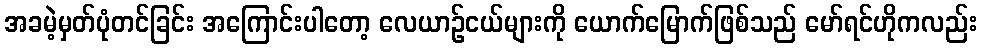
အခမဲ့မှတ်ပုံတင်ခြင်း အကြောင်းပါတော့ လေယာဉ်ငယ်များကို ယောက်မြောက်ဖြစ်သည် မော်ရင်ဟိုကလည်း